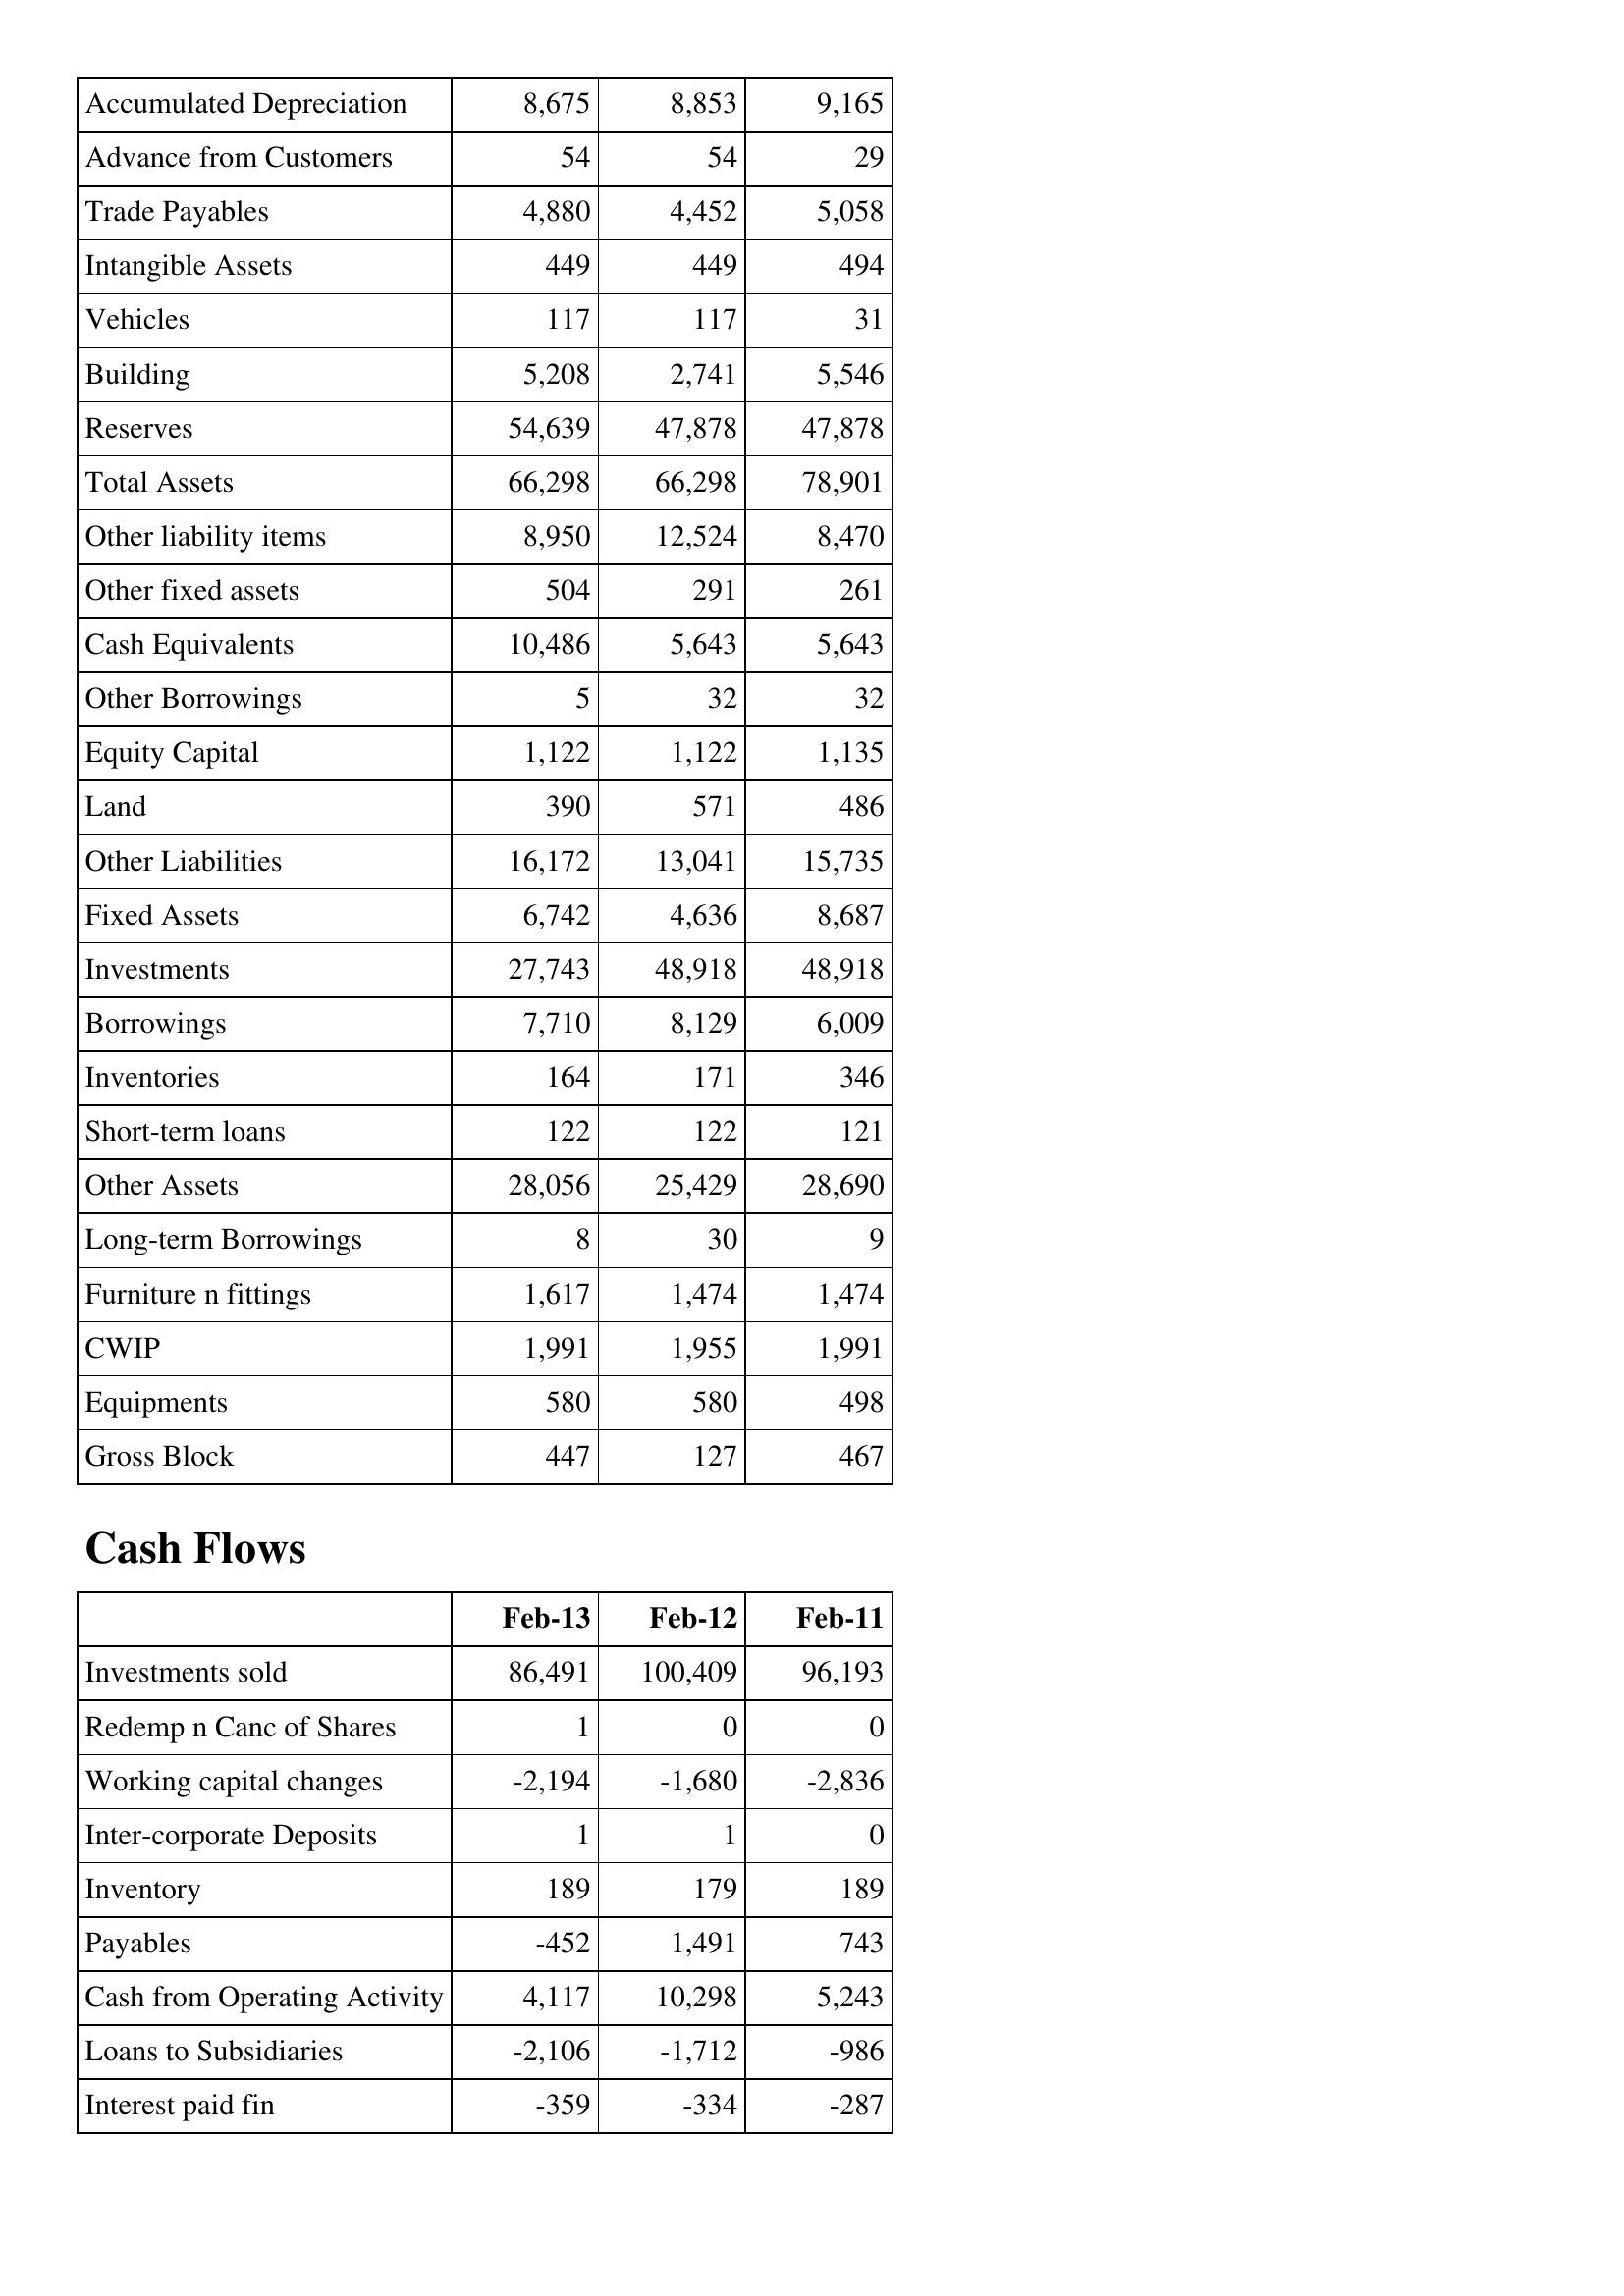
Feb-13: Balance Sheet: Accumulated Depreciation: 8,675
Advance from Customers: 54
Trade Payables: 4,880
Intangible Assets: 449
Vehicles: 117
Building: 5,208
Reserves: 54,639
Total Assets: 66,298
Other liability items: 8,950
Other fixed assets: 504
Cash Equivalents: 10,486
Other Borrowings: 5
Equity Capital: 1,122
Land: 390
Other Liabilities: 16,172
Fixed Assets: 6,742
Investments: 27,743
Borrowings: 7,710
Inventories: 164
Short-term loans: 122
Other Assets: 28,056
Long-term Borrowings: 8
Furniture n fittings: 1,617
CWIP: 1,991
Equipments: 580
Gross Block: 447
Cash Flows: Investments sold: 86,491
Redemp n Canc of Shares: 1
Working capital changes: -2,194
Inter-corporate Deposits: 1
Inventory: 189
Payables: -452
Cash from Operating Activity: 4,117
Loans to Subsidiaries: -2,106
Interest paid fin: -359
Feb-12: Balance Sheet: Accumulated Depreciation: 8,853
Advance from Customers: 54
Trade Payables: 4,452
Intangible Assets: 449
Vehicles: 117
Building: 2,741
Reserves: 47,878
Total Assets: 66,298
Other liability items: 12,524
Other fixed assets: 291
Cash Equivalents: 5,643
Other Borrowings: 32
Equity Capital: 1,122
Land: 571
Other Liabilities: 13,041
Fixed Assets: 4,636
Investments: 48,918
Borrowings: 8,129
Inventories: 171
Short-term loans: 122
Other Assets: 25,429
Long-term Borrowings: 30
Furniture n fittings: 1,474
CWIP: 1,955
Equipments: 580
Gross Block: 127
Cash Flows: Investments sold: 100,409
Redemp n Canc of Shares: 0
Working capital changes: -1,680
Inter-corporate Deposits: 1
Inventory: 179
Payables: 1,491
Cash from Operating Activity: 10,298
Loans to Subsidiaries: -1,712
Interest paid fin: -334
Feb-11: Balance Sheet: Accumulated Depreciation: 9,165
Advance from Customers: 29
Trade Payables: 5,058
Intangible Assets: 494
Vehicles: 31
Building: 5,546
Reserves: 47,878
Total Assets: 78,901
Other liability items: 8,470
Other fixed assets: 261
Cash Equivalents: 5,643
Other Borrowings: 32
Equity Capital: 1,135
Land: 486
Other Liabilities: 15,735
Fixed Assets: 8,687
Investments: 48,918
Borrowings: 6,009
Inventories: 346
Short-term loans: 121
Other Assets: 28,690
Long-term Borrowings: 9
Furniture n fittings: 1,474
CWIP: 1,991
Equipments: 498
Gross Block: 467
Cash Flows: Investments sold: 96,193
Redemp n Canc of Shares: 0
Working capital changes: -2,836
Inter-corporate Deposits: 0
Inventory: 189
Payables: 743
Cash from Operating Activity: 5,243
Loans to Subsidiaries: -986
Interest paid fin: -287